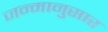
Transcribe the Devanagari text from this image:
जन्मानुसार